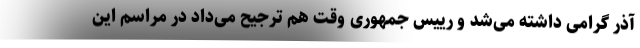
آذر گرامی داشته می‌شد و رییس جمهوری وقت هم ترجیح می‌داد در مراسم این